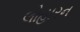
લોહારન